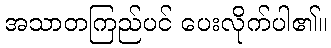
အသာတကြည်ပင် ပေးလိုက်ပါ၏။